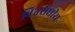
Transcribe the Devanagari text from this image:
विश्वसंघीय